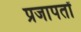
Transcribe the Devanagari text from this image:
प्रजापतों